Vaccination in the Punjab 1897-1904 - 1897-1904
Year: 1897
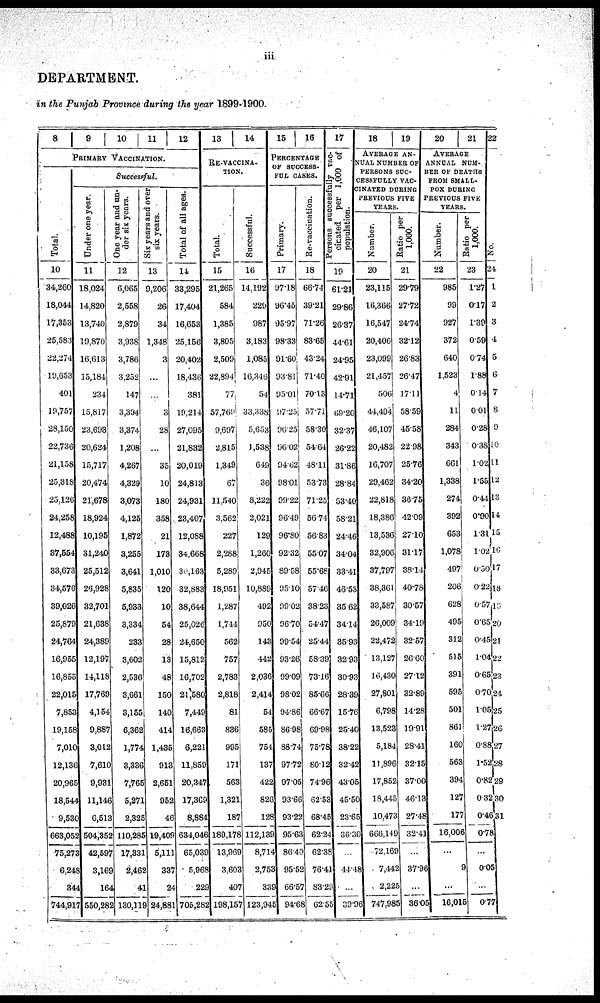
iii
DEPARTMENT.
in the Punjab Province during the year 1899-1900.
8 9 10 11 12
PRIMARY VACCINATION.
Total.
10
34,260
18,044
17,353
25,583
22,274
19,653
401
19,757
28,150
22,736
21,158
25,318
25,126
24,258
12,488
37,554
33,673
34,576
39,026
25,879
24,764
16,955
16,855
22,015
7,853
19,158
7,010
12,136
20,965
18,544
9,530
663,052
75,273
6,248
344
744,917
Successful.
Under
one year.
11
18,024
14,820
13,740
19,870
16,613
15,184
234
15,817
23,693
20,624
15,717
20,474
21,678
18,924
10,195
31,240
25,512
26,928
32,701
21,638
24,389
12,197
14,118
17,769
4,154
9,887
3,012
7,610
9,931
11,146
6,513
504,352
42,597
3,169
164
550,282
One year and un-
der six years.
12
6,065
2,558
2,879
3,938
3,786
3,252
147
3,394
3,374
1,208
4,267
4,329
3,073
4,125
1,872
3,255
3,641
5,835
5,933
3,334
233
3,602
2,536
3,661
3,155
6,362
1,774
3,336
7,765
5,271
2,325
110,285
17,331
2,462
41
130,119
Six years and over
six years.
13
9,206
26
34
1,348
3
...
...
3
28
...
35
10
180
358
21
173
1,010
120
10
54
28
13
48
150
140
414
1,435
913
2,651
952
46
19,409
5,111
337
24
24,881
Total of all ages.
14
33,295
17,404
16,653
25,156
20,402
18,436
381
19,214
27,095
21,832
20,019
24,813
24,931
23,407
12,088
34,668
30,163
32,883
38,644
25,026
24,650
15,812
16,702
21,580
7,449
16,663
6,221
11,859
20,347
17,369
8,884
634,046
65,039
5,968
229
705,282
13
14
RE-VACCINA-
TION.
Total.
15
21,265
584
1,385
3,805
2,509
22,894
77
57,769
9,697
2,815
1,349
67
11,540
3,562
227
2,288
5,289
18,951
1,287
1,714
562
757
2,783
2,818
81
836
995
171
563
1,321
187
180,178
13,969
3,603
407
198,157
Successful.
16
14,192
229
987
3,183
1,085
16,346
54
33,338
5,653
1,538
649
36
8,222
2,021
129
1,260
2,945
10,889
492
950
143
442
2,036
2,414
54
585
754
137
422
826
128
112,139
8,714
2,753
339
123,945
15
16
PERCENTAGE
OF SUCCESS-
FUL CASES.
Primary.
17
97.18
96.45
95.97
98.33
91.60
93.81
95.01
97.23
96.25
96.02
94.62
98.01
99.22
96.49
96.80
92.32
89.58
95.10
99.02
96.70
99.54
93.26
99.09
98.02
94.86
86.98
88.74
97.72
97.05
93.66
93.22
95.63
86.40
95.52
66.57
94.68
Re-vaccination.
18
66.74
39.21
71.26
83.65
43.24
71.40
70.13
57.71
58.30
54.64
48.11
53.73
71.25
56.74
56.83
55.07
55.68
57.46
38.23
54.47
25.44
58.39
73.16
85.66
66.67
69.98
75.78
80.12
74.96
62.53
68.45
62.24
62.38
76.41
83.29
62.55
17
Persons
successfully vac-
cinated per 1,000 of
population.
19
61.21
29.86
26.37
44.61
24.95
42.91
14.71
69.20
32.37
26.22
31.86
28.84
53.40
58.21
24.46
34.04
33.41
46.53
35.62
34.14
35.93
32.93
30.93
28.39
15.76
25.40
38.22
32.42
43.05
45.50
23.65
36.30
...
44.48
...
39.96
18
19
AVERAGE AN-
NUAL NUMBER OF
PERSONS SUC-
CESSFULLY VAC-
CINATED DURING
PREVIOUS FIVE
YEARS.
Number.
20
23,115
16,366
16,547
20,406
23,099
21,457
506
44,494
46,107
20,482
16,707
29,462
22,818
18,386
13,536
32,906
37,797
38,361
33,587
26,009
22,472
13,127
16,430
27,801
6,798
13,523
5,184
11,896
17,852
18,445
10,473
666,149
72,169
7,442
2,225
747,985
Ratio per
1,000.
21
29.79
27.72
24.74
32.12
26.83
26.47
17.11
58.59
45.58
22.98
25.76
34.20
36.75
42.09
27.10
31.17
38.14
40.78
30.57
34.19
32.57
26.60
27.12
32.89
14.28
19.91
28.41
32.15
37.00
46.13
27.48
32.41
...
37.96
...
36.05
20
21
AVERAGE
ANNUAL NUM-
BER OF DEATHS
FROM SMALL-
POX DURING
REVIOUS FIVE
YEARS.
Number.
22
985
99
927
372
640
1,523
4
11
284
343
661
1,338
274
392
653
1,078
497
206
628
495
312
515
391
595
501
861
160
563
394
127
177
16,006
...
9
...
16,015
Ratio per
1,000.
23
1.27
0.17
1.39
0.59
0.74
1.88
0.14
0.01
0.28
0.38
1.02
1.55
0.44
0.90
1.31
1.02
0.30
0.22
0.57
0.65
0.45
1.04
0.65
0.70
1.05
1.27
0.88
1.52
0.82
0.32
0.46
0.78
...
0.05
...
0.77
22
No.
24
1
2
3
4
5
6
7
8
9
10
11
12
13
14
15
16
17
18
19
20
21
22
23
24
25
26
27
28
29
30
31